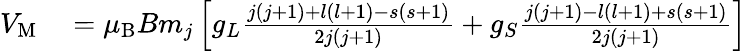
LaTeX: \begin{array}{rl}{V_{\mathrm{{M}}}}&{{}=\mu_{\mathrm{{B}}}Bm_{j}\left[g_{L}{\frac{j(j+1)+l(l+1)-s(s+1)}{2j(j+1)}}+g_{S}{\frac{j(j+1)-l(l+1)+s(s+1)}{2j(j+1)}}\right]}\end{array}